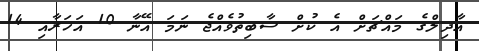
އާދިލްގެ މައްޗަށް އެ ކުށް ސާބިތުވެއްޖެ ނަމަ އޭނާ 10 އަހަރާއި 14